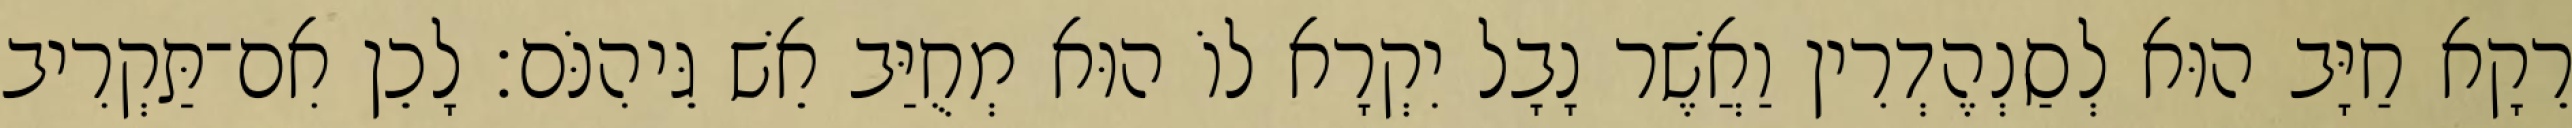
רֵקָא חַיָּב הוּא לְסַנְהֶדְרִין וַאֲשֶׁר נָבָל יִקְרָא לוֹ הוּא מְחֻיַּב אֵשׁ גֵּיהִנֹּם׃ לָכֵן אִם־תַּקְרִיב